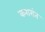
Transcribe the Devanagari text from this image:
करारांत